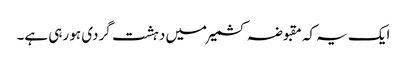
ایک یہ کہ مقبوضہ کشمیر میں دہشت گردی ہو رہی ہے۔